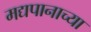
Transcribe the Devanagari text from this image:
मद्यपानाच्या